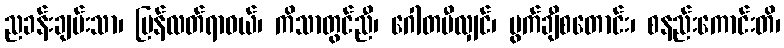
ညခန်းချမ်းသာ၊ ပြန်လတ်ရာဝယ်၊ ကိသာတွင်ညီ၊ ဂေါတမီလျှင်၊ ပွက်ချီစတောင်း၊ စနည်းကောင်းတိ၊